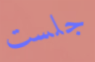
جلست